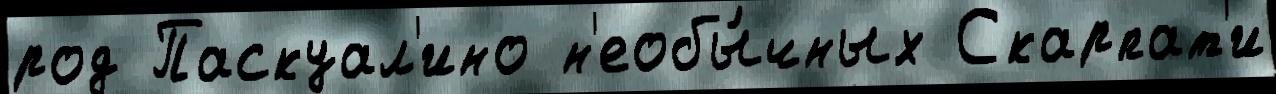
род Паскуал'ино н'еобы́чных Скарпат'и